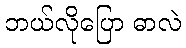
ဘယ်လိုပြော ဓာလဲ